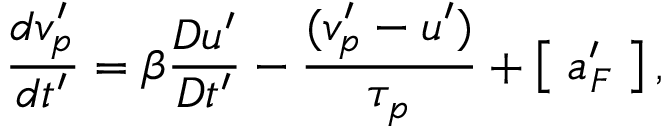
\frac { d v _ { p } ^ { \prime } } { d t ^ { \prime } } = \beta \frac { D u ^ { \prime } } { D t ^ { \prime } } - \frac { ( v _ { p } ^ { \prime } - u ^ { \prime } ) } { \tau _ { p } } + \left[ \; a _ { F } ^ { \prime } \; \right] ,